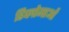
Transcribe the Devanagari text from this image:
डिप्लोमाओं